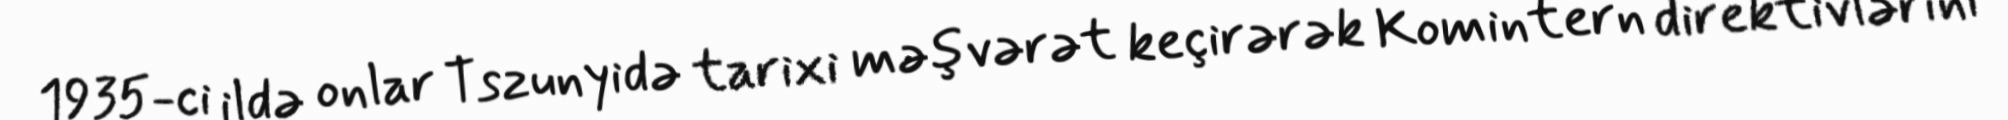
1935-ci ildə onlar Tszunyidə tarixi məşvərət keçirərək Komintern direktivlərini